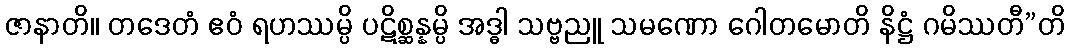
ဇာနာတိ။ တဒေတံ ဧဝံ ရဟဿမ္ပိ ပဋိစ္ဆန္နမ္ပိ အဒ္ဓါ သဗ္ဗညူ သမဏော ဂေါတမောတိ နိဋ္ဌံ ဂမိဿတီ”တိ